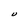
Character: U